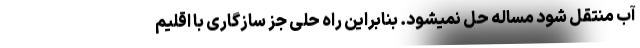
آب منتقل شود مساله حل نمیشود. بنابراین راه حلی جز سازگاری با اقلیم